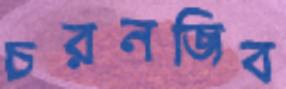
চরনজিব